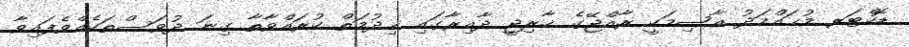
ޑޮކްޓަރ މުޙައްމަދު ޢާޞިމަކީ ރާއްޖޭގެ ޚާރިޖީ ދާއިރާގައި ޚިދުމަތް ކުރައްވާތާ ގިނަ ދުވަސްތަކެއްވެފައިވާ